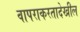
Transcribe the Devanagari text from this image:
वापराकरतादेखील